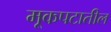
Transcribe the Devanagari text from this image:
मूकपटातील